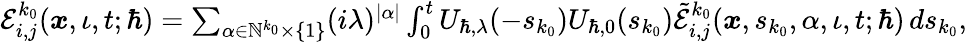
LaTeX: \begin{array}{r}{\mathcal{E}_{i,j}^{k_{0}}(\boldsymbol{x},\iota,t;\hbar)=\sum_{\alpha\in\mathbb{N}^{k_{0}}\times\{ 1\} }(i\lambda)^{|\alpha|}\int_{0}^{t}U_{\hbar,\lambda}(-s_{k_{0}})U_{\hbar,0}(s_{k_{0}})\tilde{\mathcal{E}}_{i,j}^{k_{0}}(\boldsymbol{x},s_{k_{0}},\alpha,\iota,t;\hbar)\, ds_{k_{0}},}\end{array}